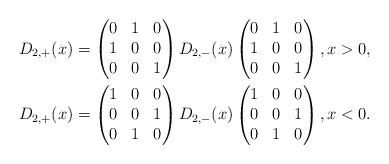
LaTeX: \begin{align*}D_{2,+}(x) & = \begin{pmatrix} 0 & 1 & 0 \\1 & 0 & 0 \\ 0 & 0 & 1 \end{pmatrix} D_{2,-}(x)\begin{pmatrix} 0 & 1 & 0 \\1 & 0 & 0 \\ 0 & 0 & 1 \end{pmatrix}, x > 0, \\D_{2,+}(x) & = \begin{pmatrix} 1 & 0 & 0 \\0 & 0 & 1 \\ 0 & 1 & 0 \end{pmatrix} D_{2,-}(x)\begin{pmatrix} 1 & 0 & 0 \\0 & 0 & 1 \\ 0 & 1 & 0 \end{pmatrix}, x < 0.\end{align*}